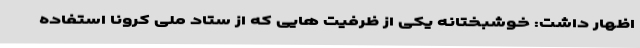
اظهار داشت: خوشبختانه یکی از ظرفیت هایی که از ستاد ملی کرونا استفاده